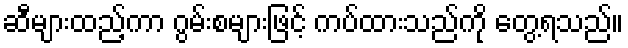
ဆီများထည့်ကာ ဂွမ်းစများဖြင့် ကပ်ထားသည်ကို တွေ့ရသည်။